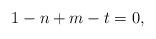
LaTeX: \begin{align*}1 - n + m - t = 0,\end{align*}